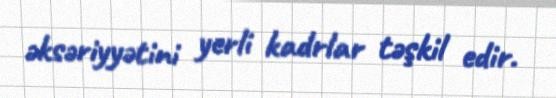
əksəriyyətini yerli kadrlar təşkil edir.